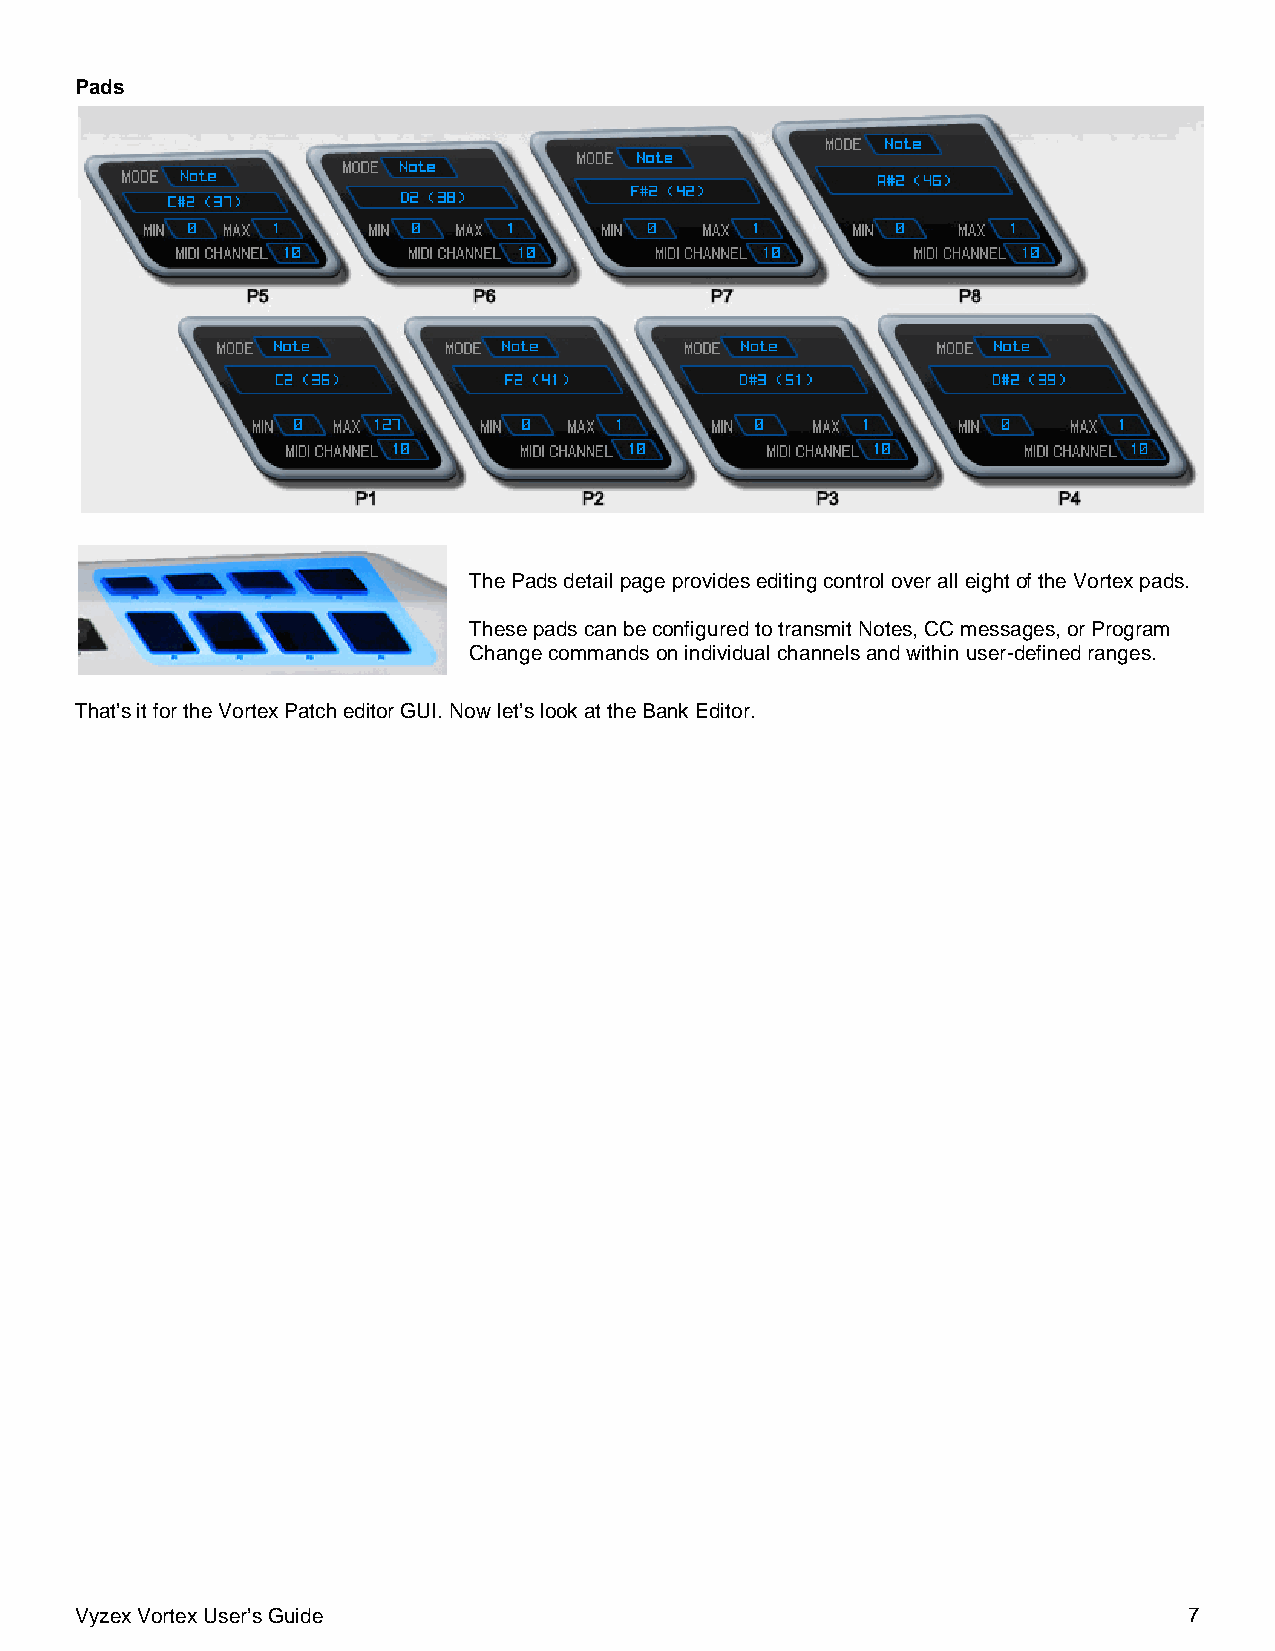
Pads
 The Pads detail page provides editing control over all eight of the Vortex pads.
 These pads can be configured to transmit Notes, CC messages, or Program
 Change commands on individual channels and within user-defined ranges.
 That’s it for the Vortex Patch editor GUI. Now let’s look at the Bank Editor.
 Vyzex Vortex User’s Guide                                                 7